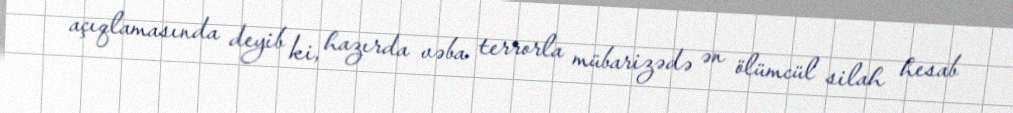
açıqlamasında deyib ki, hazırda vəba terrorla mübarizədə ən ölümcül silah hesab